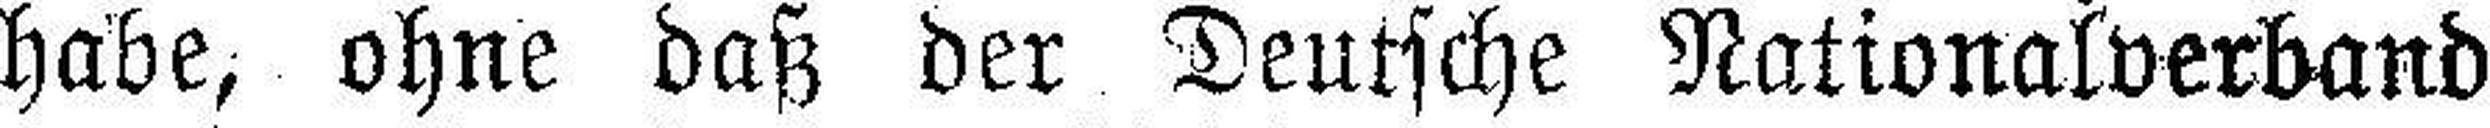
habe, ohne daß der Deutsche Nationalverband